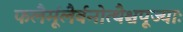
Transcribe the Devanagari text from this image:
फलैर्मूलैर्वनोत्थैश्चपूज्याः